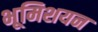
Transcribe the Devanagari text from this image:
भूमिशयन